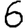
Digit: 6